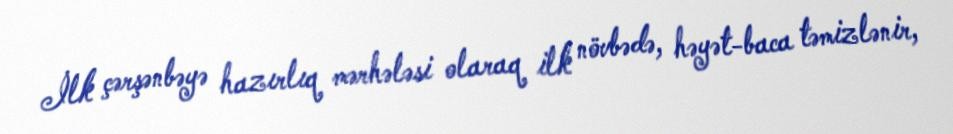
İlk çərşənbəyə hazırlıq mərhələsi olaraq ilk növbədə, həyət-baca təmizlənir,